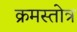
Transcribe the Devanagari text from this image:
क्रमस्तोत्र